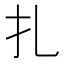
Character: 扎